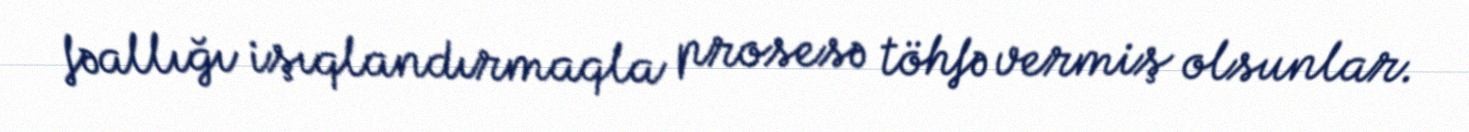
fəallığı işıqlandırmaqla prosesə töhfə vermiş olsunlar.